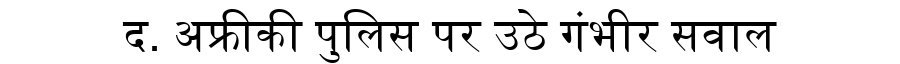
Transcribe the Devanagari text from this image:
द. अफ्रीकी पुलिस पर उठे गंभीर सवाल